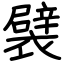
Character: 襞